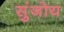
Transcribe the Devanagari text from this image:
सुंजोय